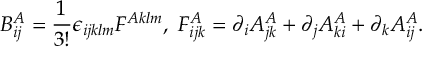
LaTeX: B _ { i j } ^ { A } = \frac { 1 } { 3 ! } \epsilon _ { i j k l m } F ^ { A k l m } , \; F _ { i j k } ^ { A } = \partial _ { i } A _ { j k } ^ { A } + \partial _ { j } A _ { k i } ^ { A } + \partial _ { k } A _ { i j } ^ { A } .